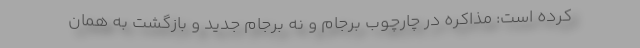
کرده است: مذاکره در چارچوب برجام و نه برجام جدید و بازگشت به همان